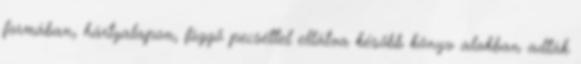
formában, hártyalapon, függő pecséttel ellátva később könyv alakban adták